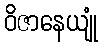
ဝိဇာနေယျုံ